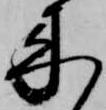
来